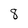
Character: 8